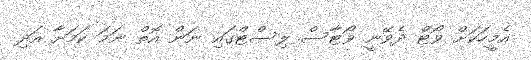
އެމީހަކަށް ވޯޓް ދެވޭނީ ވޯޓާސް ލިސްޓްގައި ނަން އޮތް ނަމަ ކަމަށާ އަދި